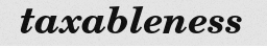
taxableness